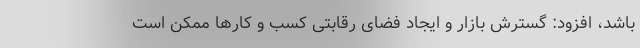
باشد، افزود: گسترش بازار و ایجاد فضای رقابتی کسب و کارها ممکن است